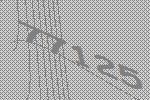
77125